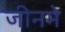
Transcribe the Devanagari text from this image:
जीनमे